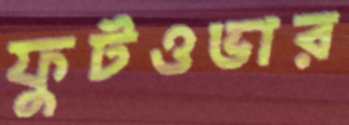
ফুটওভার